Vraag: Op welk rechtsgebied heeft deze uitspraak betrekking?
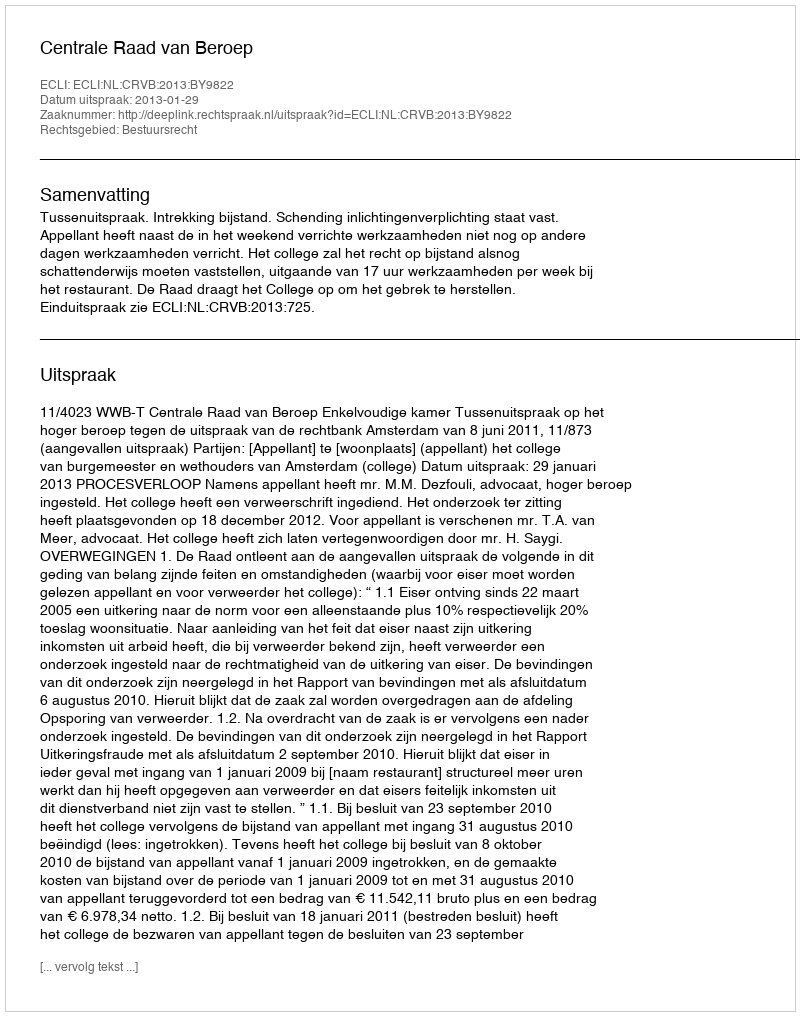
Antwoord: Bestuursrecht